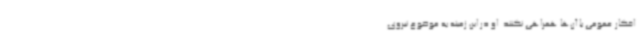
افکار عمومی با آن‌ها همراهی نکنند. او در این زمینه به موضوع نیروی